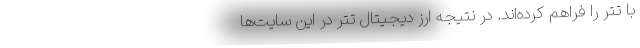
با تتر را فراهم کرده‌اند. در نتیجه ارز دیجیتال تتر در این سایت‌ها